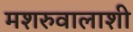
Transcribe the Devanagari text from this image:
मशरुवालाशी